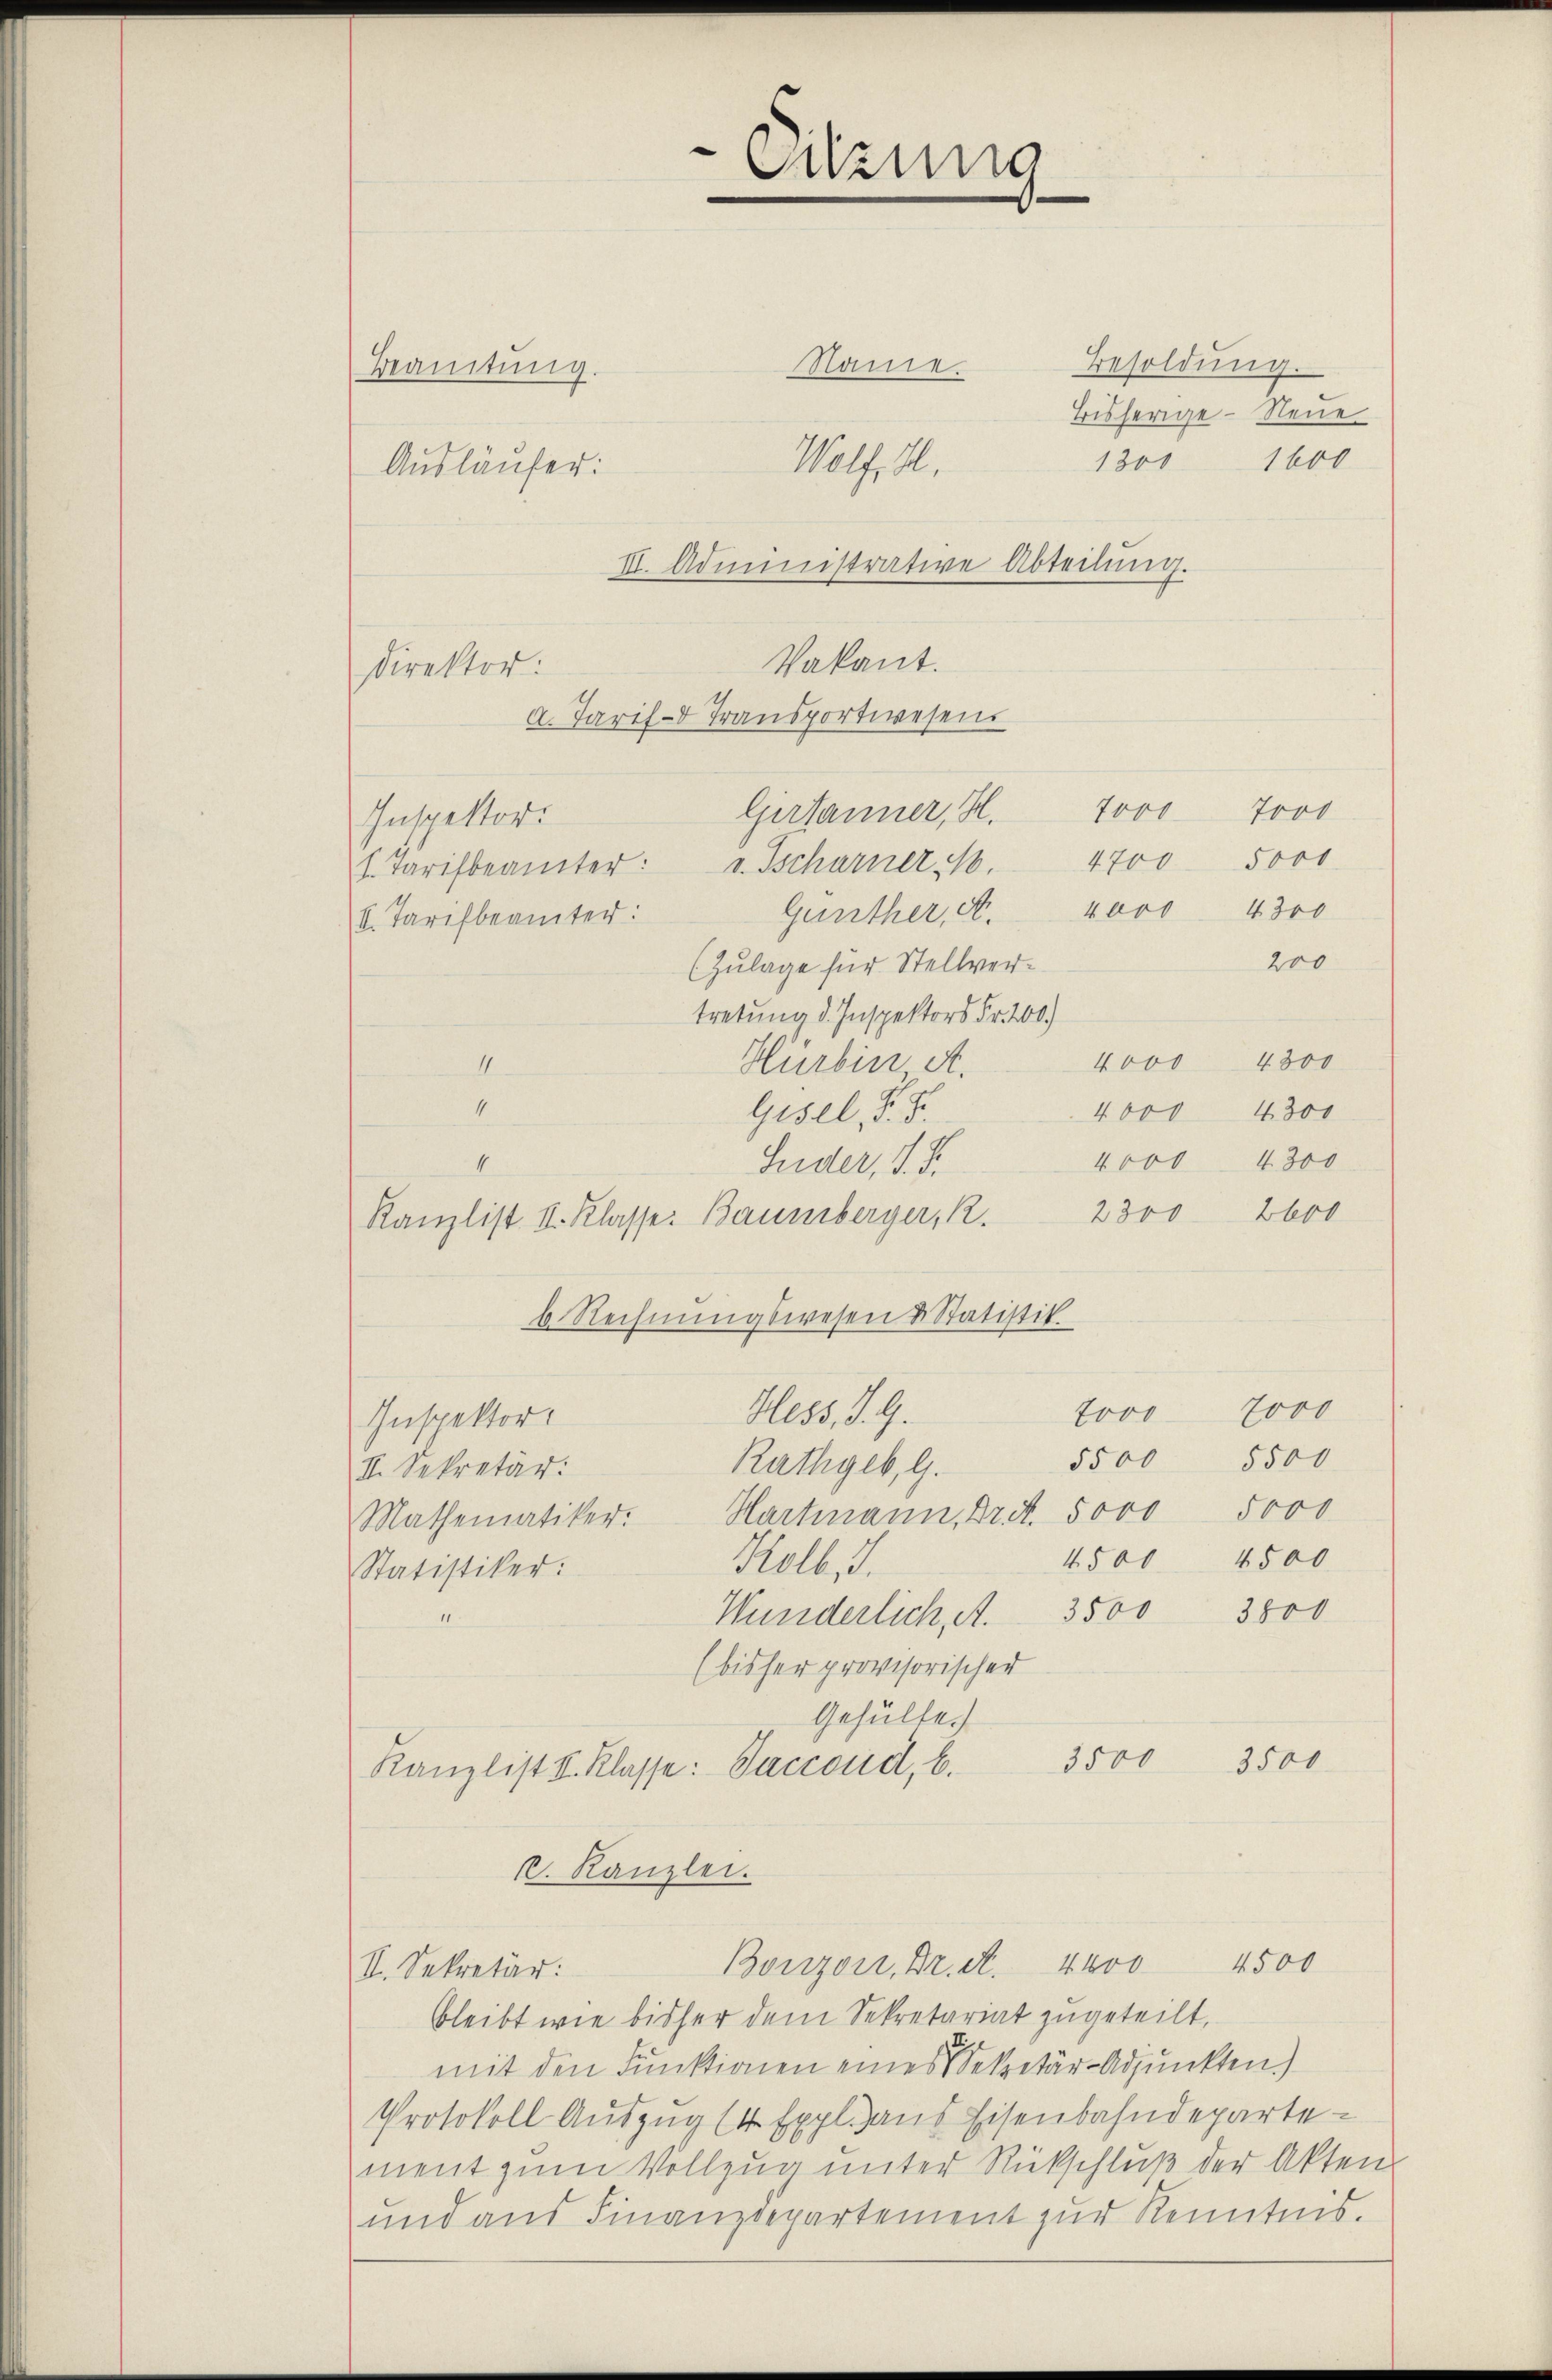
Sitzung

Name. Besoldŭng.
Bisherige - Neue
1200
1600
7000
5000
4700
1. Tarifbeamter: v. Tscharner M.
4000 4300
Günther, A.
(II. Tarifbeamter:
200
(Zulage für Stellvertretung d. Inspektors Fr. 200.)
4000 4300
II.
Hürbin, A.
4
4300
4000
Gisel, S. S.
4000 - 4300
4
Guder, d. d.
2600
2300
Kanzlist. I. Klasse: Baumberger, R.
b. Rechnŭngswesen & Statistik.
Hess, J. G.
7000 7000
Inspektor.
5500 5500
Rathgeb, G.
II. Sekretär:
Mathematiker. Hartmann, Dr. S. 5000 5000
4500 4500
Kolb, d.
Statistiker:
Wunderlich, A. 3500 3800
(bisher provisorischer
Gehülfe.
3500
3500
Kanzlist V. Klasse: Saccoud, b.
k. Kanzlei.
Bonzon, Dr. A. 4400 4500
II. Sekretär:
bleibt wie bisher dem Sekretariat zugeteilt,
mit den Funktionen eines Sekretär-Adjunkten.)
Protokoll Auszug (4 Expl. aus Eisenbahndepartement zum Vollzug unter Rückschluß der Akten
und aus Finanzdepartement zur Kenntnis.

Beamtŭng.
Ausläufer:

III. Administrative Abteilung.
Vakant.
Direktor:
a. Tarif- Transportwesens
Gersanner, H. 7000
Inspektor.

Wolf, H.